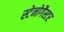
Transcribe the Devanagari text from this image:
स्टेनोगैस्टर